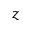
z